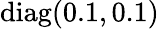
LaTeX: \mathrm{diag(0.1,0.1)}